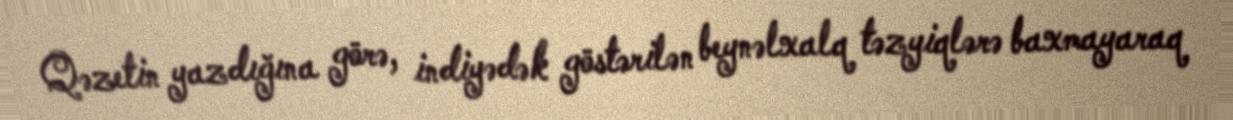
Qəzetin yazdığına görə, indiyədək göstərilən beynəlxalq təzyiqlərə baxmayaraq